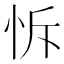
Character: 𢘛